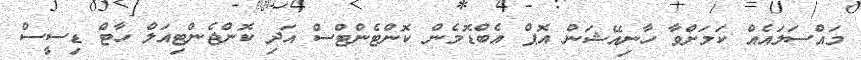
މައްސަލައެއް ކަމަށްވާ ހާނިއޭޝަން އޮޕް އެބްޑޮމެން ކޮންޓެންޓްސް އަދި ކޮންޖެންޓިއަލް ހާޓް ޑިސީސް